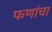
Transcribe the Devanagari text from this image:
फणांचा